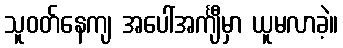
သူဝတ်နေကျ အပေါ်အင်္ကျီမှာ ယူမလာခဲ့။